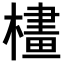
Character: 𣛛